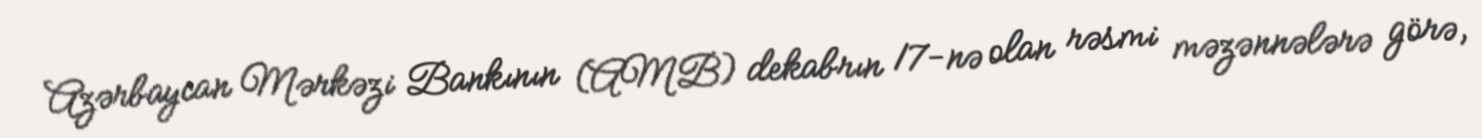
Azərbaycan Mərkəzi Bankının (AMB) dekabrın 17-nə olan rəsmi məzənnələrə görə,